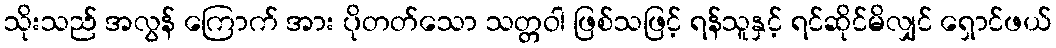
သိုးသည် အလွန် ကြောက် အား ပိုတတ်သော သတ္တဝါ ဖြစ်သဖြင့် ရန်သူနှင့် ရင်ဆိုင်မိလျှင် ရှောင်ဖယ်